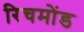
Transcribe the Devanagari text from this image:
रिचमोंड